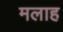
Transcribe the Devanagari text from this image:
मलाह